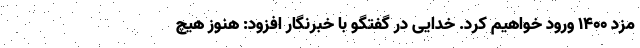
مزد 1400 ورود خواهیم کرد. خدایی در گفتگو با خبرنگار افزود: هنوز هیچ